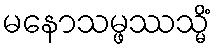
မနောသမ္ဖဿသ္မိံ